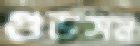
গুডসন